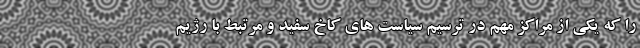
را که یکی از مراکز مهم در ترسیم سیاست های کاخ سفید و مرتبط با رژیم